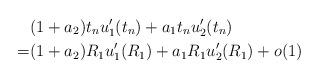
LaTeX: \begin{align*}&(1+a_2)t_nu_1'(t_n)+a_1t_nu_2'(t_n)\\=&(1+a_2)R_1u_1'(R_1)+a_1R_1u_2'(R_1)+o(1)\end{align*}